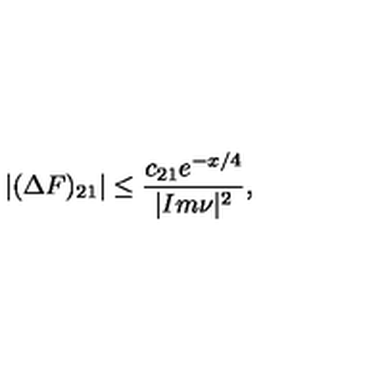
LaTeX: | ( \Delta F ) _ { 2 1 } | \leq \frac { c _ { 2 1 } e ^ { - x / 4 } } { | I m \nu | ^ { 2 } } ,